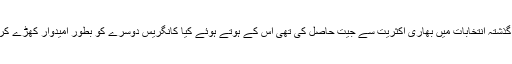
فکروخبر : ایم ایل اے منکال وائیدیا نے گذشتہ انتخابات میں بھاری اکثریت سے جیت حاصل کی تھی اس کے ہوتے ہوئے کیا کانگریس دوسرے کو بطور امیدوار کھڑے کرنے کے سلسلہ میں غور کرسکتی ہے ؟